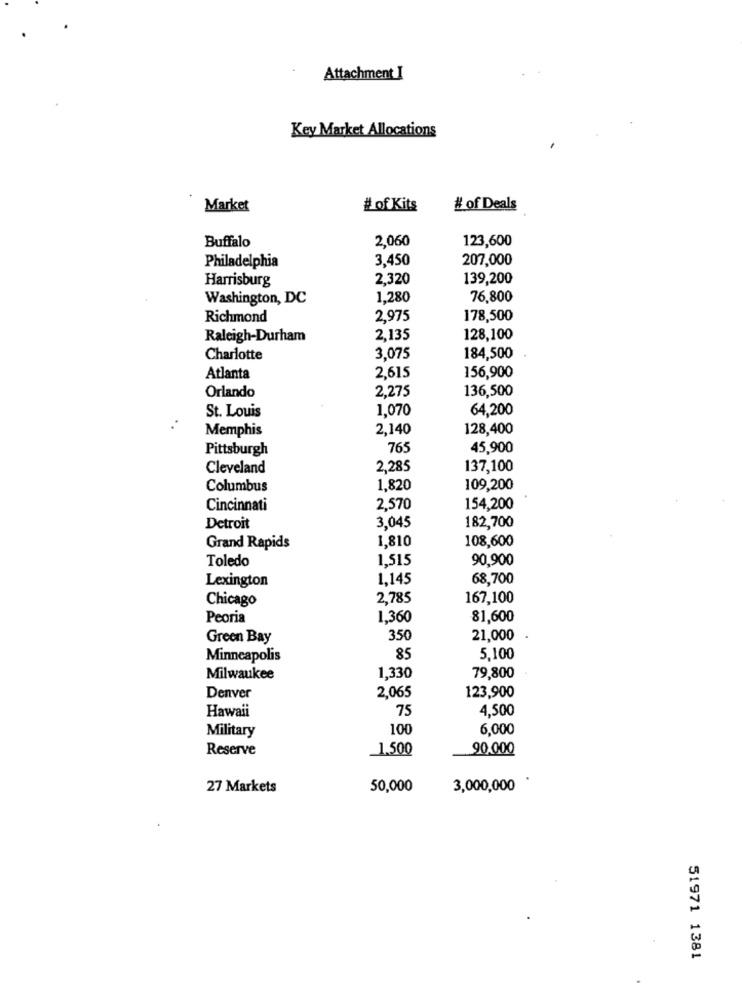
Attachment I
Key Market Allocations
Market
# of Kits
# of Deals
Buffalo
2,060
123,600
3,450
207,000
Philadelphia
Harrisburg
2,320
139,200
Washington, DC
1,280
76,800
Richmond
2,975
178,500
Raleigh-Durham
2,135
128,100
Charlotte
3,075
184,500
156,900
Atlanta
2,615
Orlando
2,275
136,500
St. Louis
1,070
64,200
Memphis
2,140
128,400
Pittsburgh
765
45,900
Cleveland
2,285
137,100
Columbus
1.820
109,200
Cincinnati
2,570
154,200
182,700
Detroit
3,045
1,810
108,600
Grand Rapids
Toledo
1,515
90,900
Lexington
1,145
68,700
Chicago
2,785
167,100
Peoria
1,360
81,600
Green Bay
350
21,000
Minneapolis
85
5,100
Milwaukee
1,330
79,800
123,900
Denver
2,065
Hawaii
75
4,500
Military
100
6,000
Reserve
1.500
90.000
27 Markets
50,000
3,000,000
51971 1381